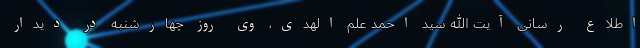
اطلاع رسانی آیت الله سید احمد علم الهدی، وی روز چهارشنبه در دیدار